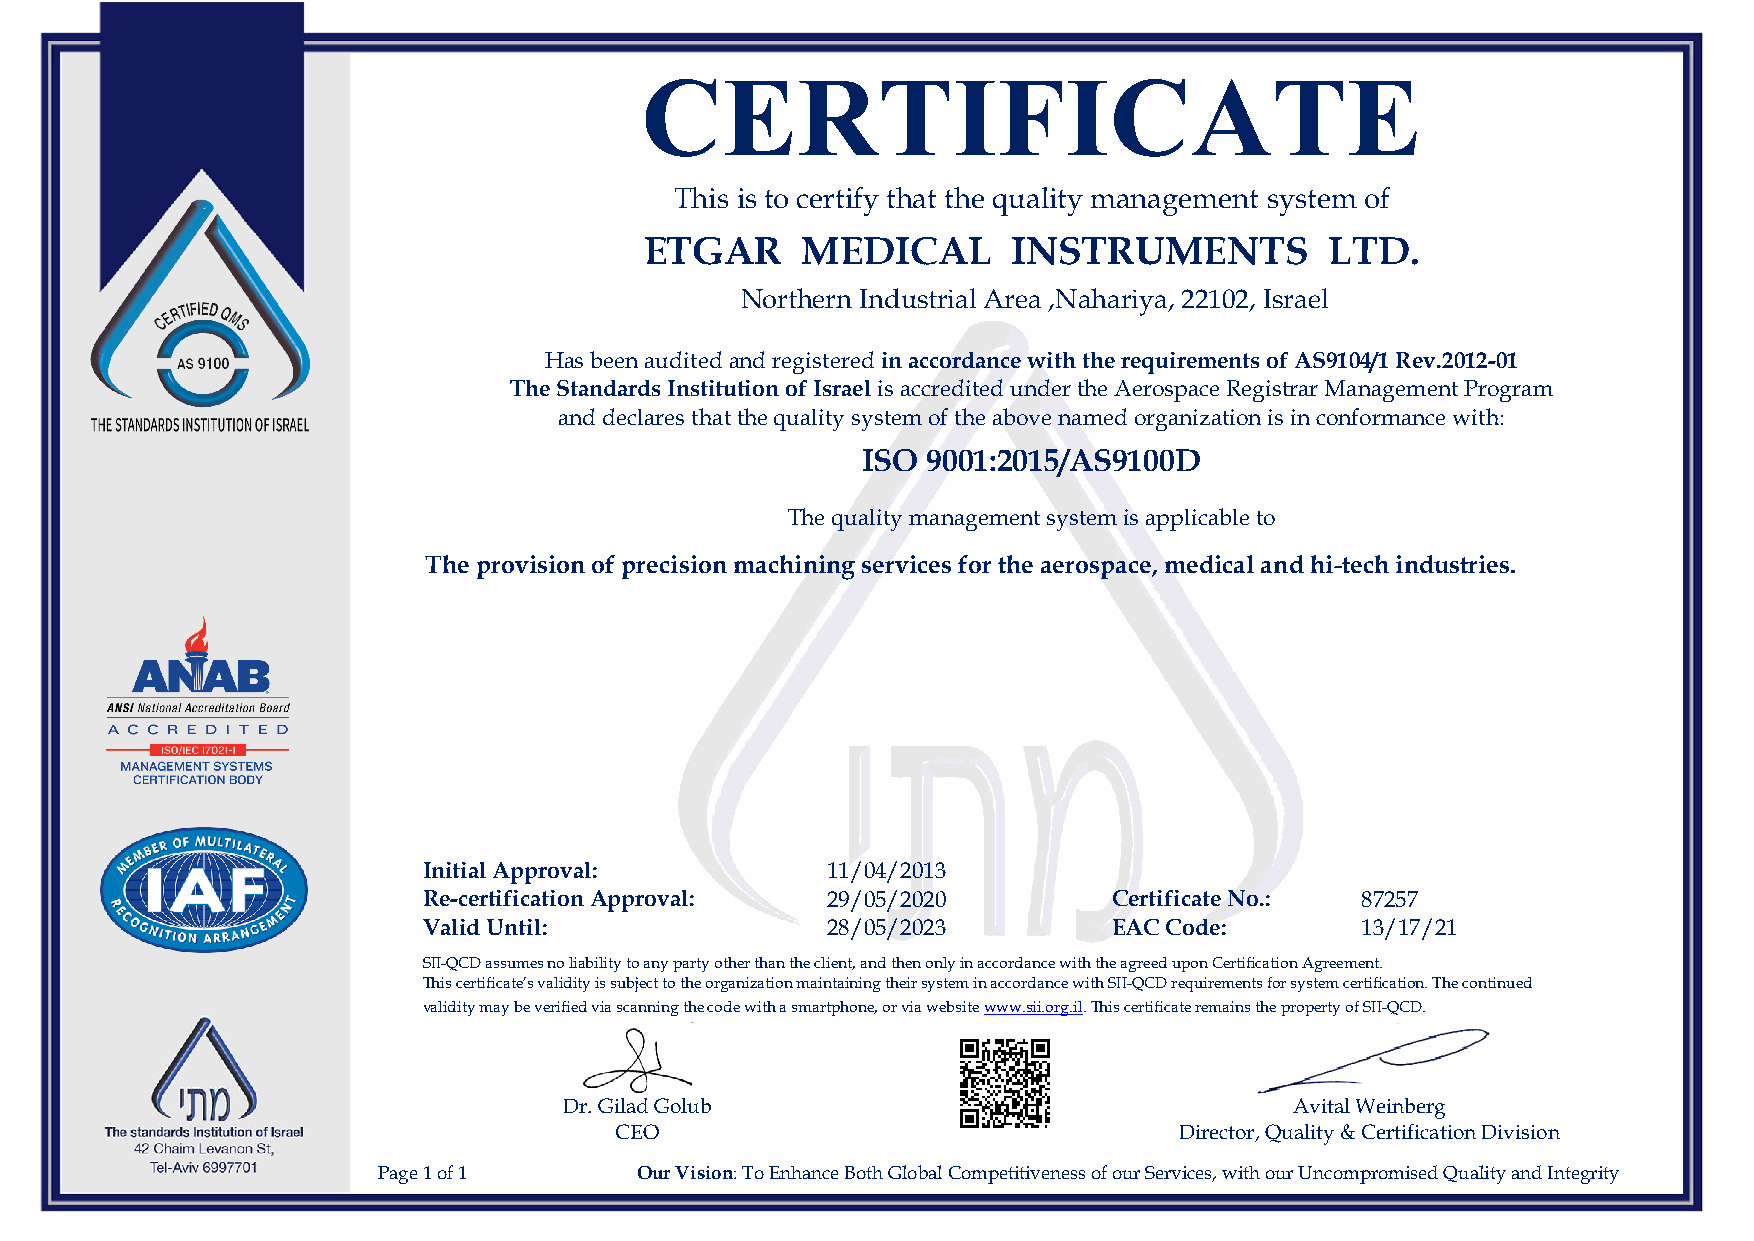
CERTIFICATE
 This is to certify that the quality management system of
 ETGAR     MEDICAL       INSTRUMENTS          LTD.
 Northern Industrial Area ,Nahariya, 22102, Israel
 Has beenauditedand registeredin accordance with the requirements of AS9104/1 Rev.2012-01
 The Standards Institution of Israelis accredited under the Aerospace Registrar Management Program
 and declares that the quality system of the above named organization is in conformance with:
 ISO 9001:2015/AS9100D
 The quality management system is applicable to
 The provision of precision machining services for the aerospace, medical and hi-tech industries.
 Initial Approval:          11/04/2013
 Re-certificationApproval:  29/05/2020         Certificate No.: 87257
 Valid Until:               28/05/2023         EAC Code:       13/17/21
 SII-QCD assumes no liability to any party other than the client, and then only in accordance with the agreed upon Certification Agreement.
 This certificate’s validity is subject to the organization maintaining their system in accordance with SII-QCD requirements for system certification. The continued
 validity may be verified via scanning the code with a smartphone, or via websitewww.sii.org.il.This certificate remains the property of SII-QCD.
 Dr. Gilad Golub                                  Avital Weinberg
 CEO                                  Director, Quality & Certification Division
 Page1of1         Our Vision: To Enhance Both Global Competitiveness of our Services, with our Uncompromised Quality and Integrity